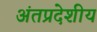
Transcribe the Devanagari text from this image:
अंतप्रदेशीय